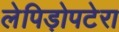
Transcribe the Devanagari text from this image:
लेपिड़ोपटेरा